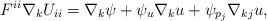
\begin{align*}F^{ii} \nabla_{k} U_{ii} = \nabla_k \psi + \psi_{u} \nabla_{k} u + \psi_{p_j} \nabla_{kj} u,\end{align*}